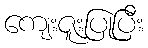
ကျေးဇူးပြုပြီး